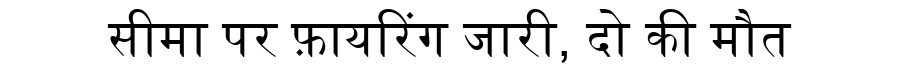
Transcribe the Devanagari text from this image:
सीमा पर फ़ायरिंग जारी, दो की मौत